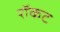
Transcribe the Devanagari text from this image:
रॉकट